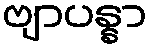
ဗျာပန္နာ